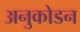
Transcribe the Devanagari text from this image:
अनुकोडन